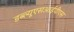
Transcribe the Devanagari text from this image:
डब्ल्यूएसआईपीएस